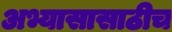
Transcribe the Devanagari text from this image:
अभ्यासासाठीच